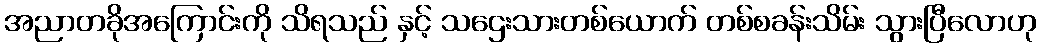
အညာတခိုအကြောင်းကို သိရသည် နှင့် သဌေးသားတစ်ယောက် တစ်စခန်းသိမ်း သွားပြီလောဟု